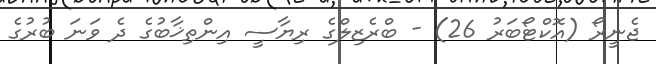
ޖެނީރޯ (އޮކްޓޯބަރު 26) - ބްރެޒިލްގެ ރިޔާސީ އިންތިޚާބުގެ ދެ ވަނަ ބުރުގެ